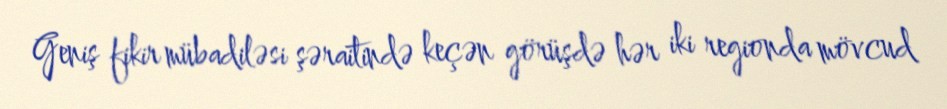
Geniş fikir mübadiləsi şəraitində keçən görüşdə hər iki regionda mövcud